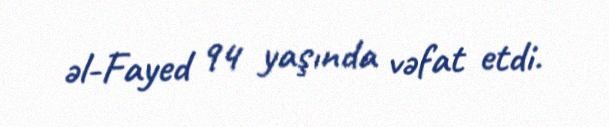
əl-Fayed 94 yaşında vəfat etdi.